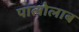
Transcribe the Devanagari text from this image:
पालोलाब